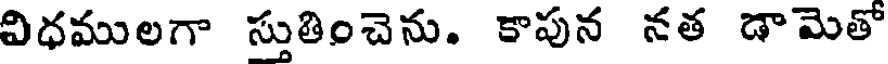
విధములగా స్తుతించెను. కాపున నత డామెతో